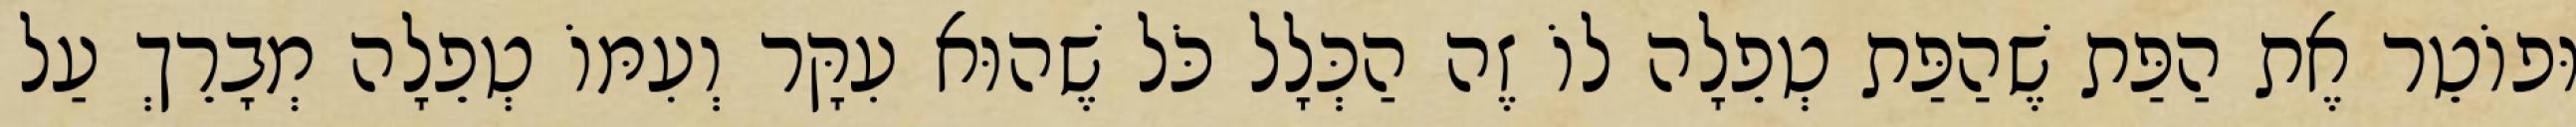
וּפוֹטֵר אֶת הַפַּת שֶׁהַפַּת טְפֵלָה לוֹ זֶה הַכְּלָל כֹּל שֶׁהוּא עִקָּר וְעִמּוֹ טְפֵלָה מְבָרֵךְ עַל